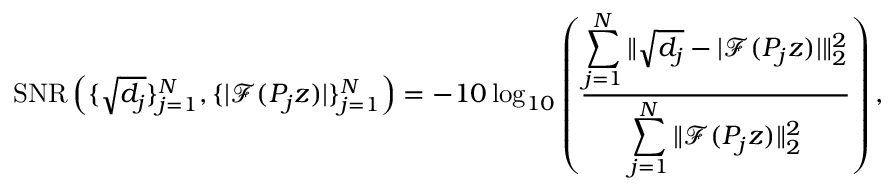
\begin{array} { r } { \mathrm { S N R } \left( \{ \sqrt { d _ { j } } \} _ { j = 1 } ^ { N } , \{ | \mathcal { F } ( P _ { j } z ) | \} _ { j = 1 } ^ { N } \right) = - 1 0 \log _ { 1 0 } \left( \frac { \displaystyle \sum _ { j = 1 } ^ { N } \| \sqrt { d _ { j } } - | \mathcal { F } ( P _ { j } z ) | \| _ { 2 } ^ { 2 } } { \displaystyle \sum _ { j = 1 } ^ { N } \| \mathcal { F } ( P _ { j } z ) \| _ { 2 } ^ { 2 } } \right) , } \end{array}